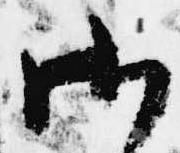
御